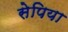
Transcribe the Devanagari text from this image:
सेपिया